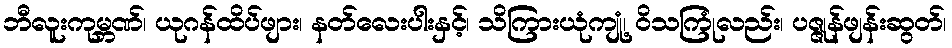
ဘီလူးကုမ္ဘဏ်၊ ယုဂန်ထိပ်ဖျား၊ နတ်လေးပါးနှင့်၊ သိကြားယုံကျုံ့၊ ဝိသကြုံလည်း၊ ပဇ္ဇုန်ဖျန်းဆွတ်၊